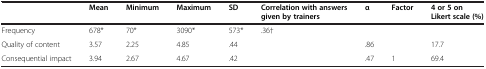
<table><thead><tr><td><b> </b></td><td><b>Mean</b></td><td><b>Minimum</b></td><td><b>Maximum</b></td><td><b>SD</b></td><td><b>Correlation with answers given by trainers</b></td><td><b>α</b></td><td><b>Factor</b></td><td><b>4 or 5 on Likert scale (%)</b></td></tr></thead><tbody><tr><td>Frequency</td><td>678*</td><td>70*</td><td>3090*</td><td>573*</td><td>.36†</td><td> </td><td> </td><td> </td></tr><tr><td>Quality of content</td><td>3.57</td><td>2.25</td><td>4.85</td><td>.44</td><td> </td><td>.86</td><td> </td><td>17.7</td></tr><tr><td>Consequential impact</td><td>3.94</td><td>2.67</td><td>4.67</td><td>.42</td><td> </td><td>.47</td><td>1</td><td>69.4</td></tr></tbody></table>